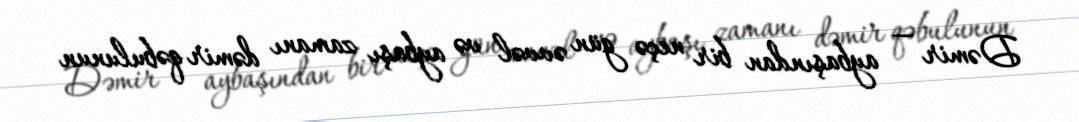
Dəmir — aybaşından bir neçə gün əvvəl və aybaşı zamanı dəmir qəbulunun